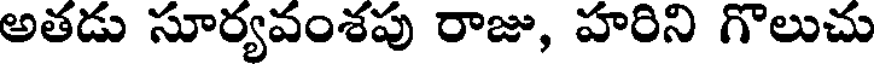
అతడు సూర్యవంశపు రాజు, హరిని గొలుచు